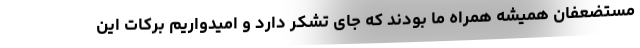
مستضعفان همیشه همراه ما بودند که جای تشکر دارد و امیدواریم برکات این